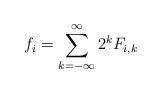
LaTeX: \begin{align*} f_i = \sum_{k=-\infty}^\infty 2^k F_{i,k}\end{align*}